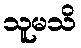
သူမသိ